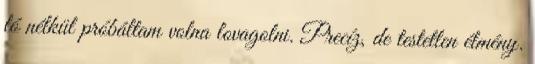
ló nélkül próbáltam volna lovagolni. Precíz, de testetlen élmény.